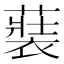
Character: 𮖢